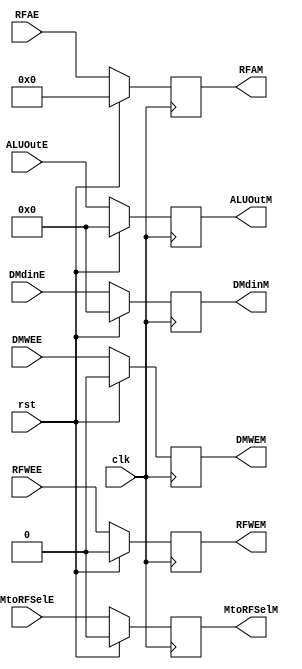
`timescale 1ns / 1ps
//////////////////////////////////////////////////////////////////////////////////
// Company: 
// Engineer: 
// 
// Design Name: 
// Module Name: EXERegister
// Project Name: 
// Target Devices: 
// Tool Versions: 
// Description: 
// 
// Dependencies: 
// 
// Revision:
// Revision 0.01 - File Created
// Additional Comments:
// 
//////////////////////////////////////////////////////////////////////////////////
//EXERegister #(.sizeVal(32), .sizeAd(5)) EXEtoMem (.clk(clk), .rst(rst), .RFWEE(RFWEE), .MtoRFSelE(MtoRFSelE), .DMWEE(DMWEE), .RFAE(RFAE),
// .ALUOutE(ALUOutE), .DMdinE(bigMuxOut), .RFWEM(RFWEM), .MtoRFSelM(MtoRFSelM), .DMWEM(DMWEM), .RFAM(RFAM), .ALUOutM(ALUOutM), .DMdinM(DMdinM));

module EXERegister #(parameter sizeVal = 32, sizeAd = 5)(
input clk, rst,
input RFWEE, MtoRFSelE, DMWEE, 
input [sizeAd - 1:0] RFAE,
input [sizeVal - 1:0] ALUOutE, DMdinE,
output reg RFWEM, MtoRFSelM, DMWEM,
output reg [sizeAd - 1:0] RFAM,
output reg [sizeVal - 1:0] ALUOutM, DMdinM
);

    always @(posedge clk)
    if(rst)begin
    RFWEM <= 0;
    MtoRFSelM <= 0;
    DMWEM <= 0;
    RFAM <= 0;
    ALUOutM <= 0;
    DMdinM <= 0;
    end else begin
    RFWEM <= RFWEE;
    MtoRFSelM <= MtoRFSelE;
    DMWEM <= DMWEE;
    RFAM <= RFAE;
    ALUOutM <= ALUOutE;
    DMdinM <= DMdinE;
    end
    
endmodule